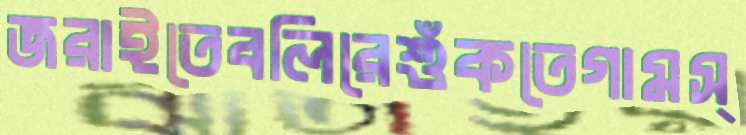
জরাইতেবলিরেশুঁকতেগামস্